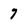
Character: 7